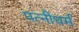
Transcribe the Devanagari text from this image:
पत्‍नीधर्म